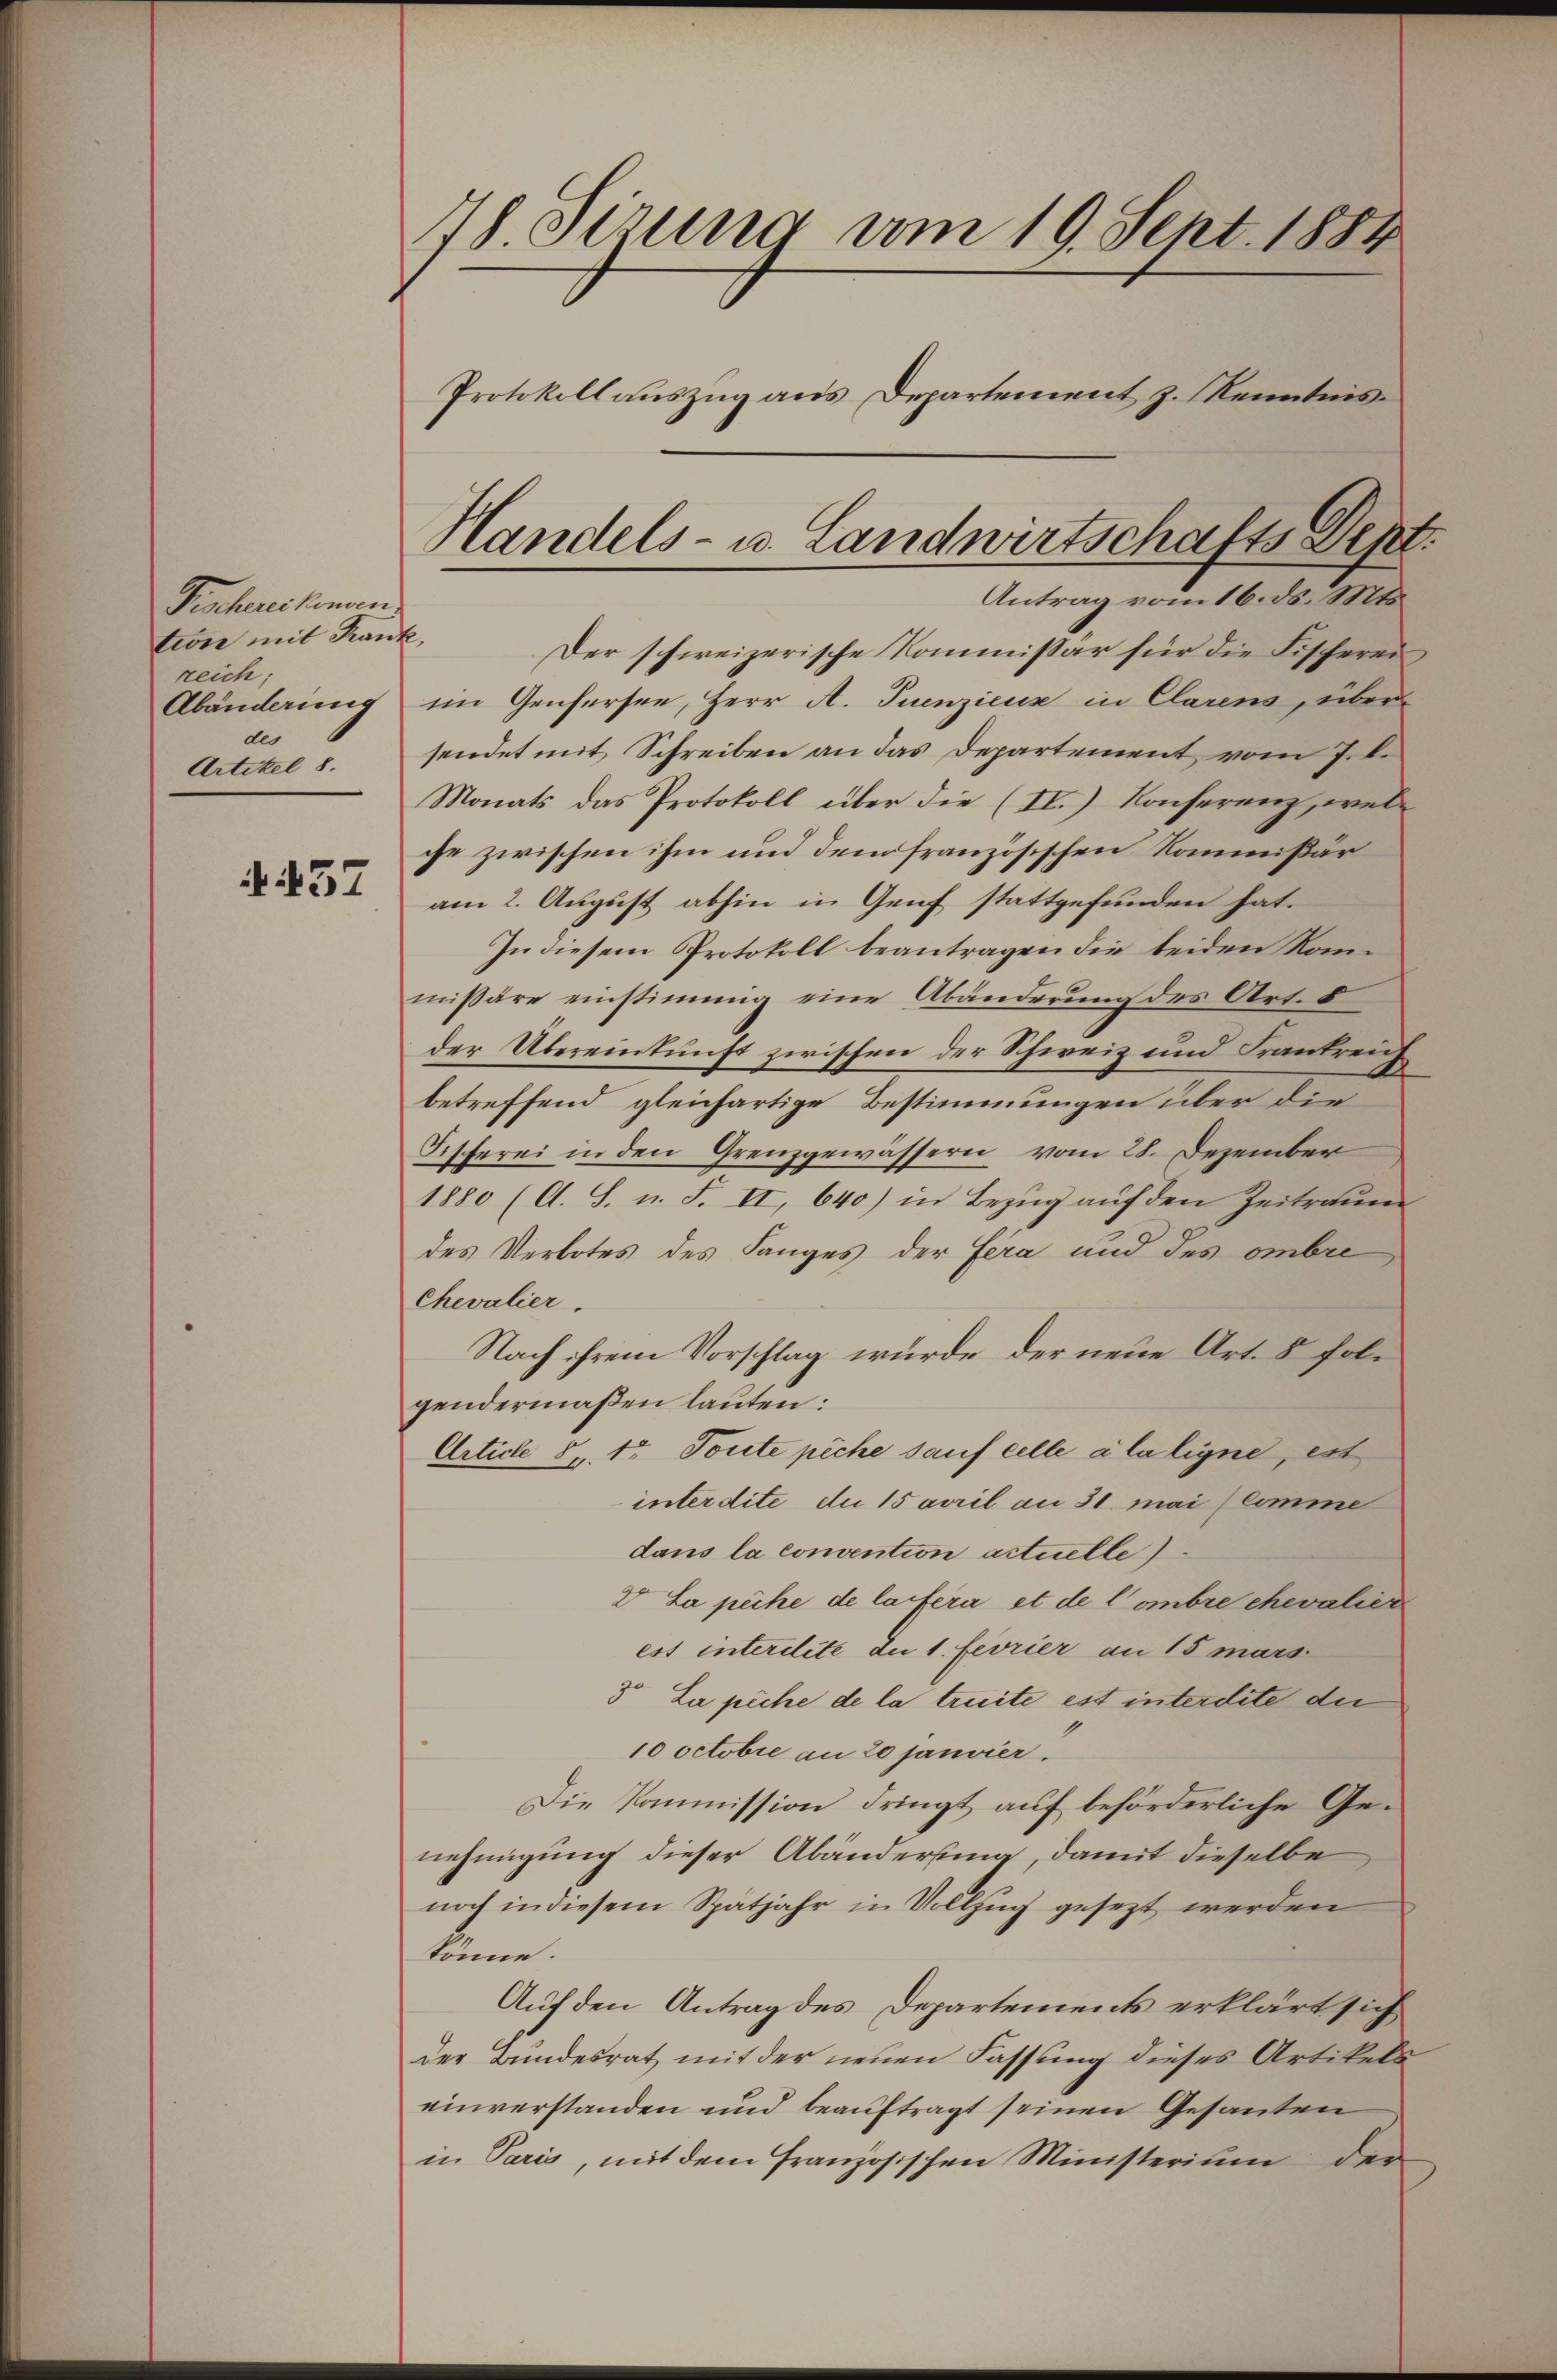
Fischenckenen
tion mit Krank
reich;
Abänderung
des
Artikel 8.

457

18. Setzung vom 19. Sept. 1884
Protokollauszug aus Departement z. Kenntnis¬

Handels- u. Landwirtschafts Dept.
Antrag vom 16. ds. Mts.

Der schweizerische Kommissär für die Fischerei
im Genfersee, Herr A. Tuenzieux in Clarens, über
sendet mit Schreiben an das Departement vom 7. d.
Monats das Protokoll über die (II.) Konferenz, welche zwischen ihm und dem französischen Kommißar
am 2. August abhin in Genf stattgefunden hat.
In diesem Protokoll beantragen die beiden Kammißäre einstimmig eine Abänderung des Art. 5
der Übereinkunft zwischen der Schweiz und Frankreich
betreffend gleichartige Bestimmungen über die
Sifferei in den Grenzgewässern vom 28. Dezember
1880 (A. S. u. F. II, 640) in Bezug auf den Zeitraum
des Verbotes des Langes der fera und des ombre
Chevalier.
Nach ihrem Vorschlag wurde der neue Art. 5 folgendermaßen lauten:
Article Sr. tr. Toute piche sauf celle a la ligne, est
interdite du 15 april an 31. Mai (Comme
dans la convention actuelle
V. La peche de la fera et de l’ombre chevalier
est interdite die 1. Ferier an 15 mars
3o La piche de la treite est interdite die
10 Octobre an 20 Janvier.
Die Kommission dringt auf beförderliche Genehmigung dieser Abänderstina, damit dieselbe
noch in diesem Spätjahr in Vollzug gesezt werden
könne.
Auf den Antrag des Departements erklärt sich
der Bundesrat mit der neuen Fassung dieses Artikels
einverstanden und beauftragt seinen Gesanten
in Paris, mit dem französischen Ministerium den